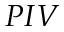
P I V